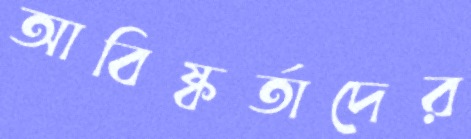
আবিষ্কর্তাদের